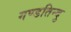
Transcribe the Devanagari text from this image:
गण्डतिन्दु